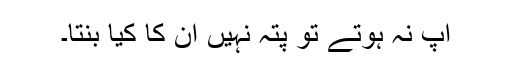
آپ نہ ہوتے تو پتہ نہیں ان کا کیا بنتا۔